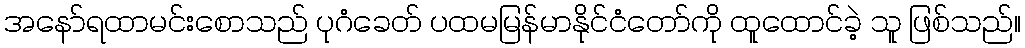
အနော်ရထာမင်းစောသည် ပုဂံခေတ် ပထမမြန်မာနိုင်ငံတော်ကို ထူထောင်ခဲ့ သူ ဖြစ်သည်။